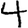
Digit: 4